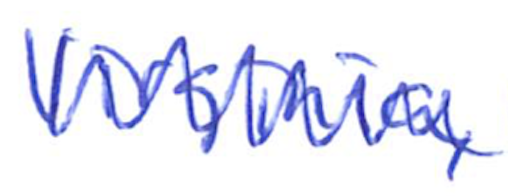
Text: Virginia,
Cross-out: zig-zag
Writing tool: ballpoint